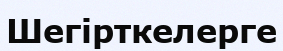
Шегірткелерге